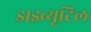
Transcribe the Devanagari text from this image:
डाइब्यूटिल